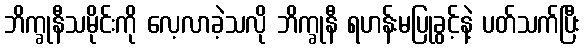
ဘိက္ခုနီသမိုင်းကို လေ့လာခဲ့သလို ဘိက္ခုနီ ရဟန်းမပြုခွင့်နဲ့ ပတ်သက်ပြီး